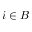
i \in B